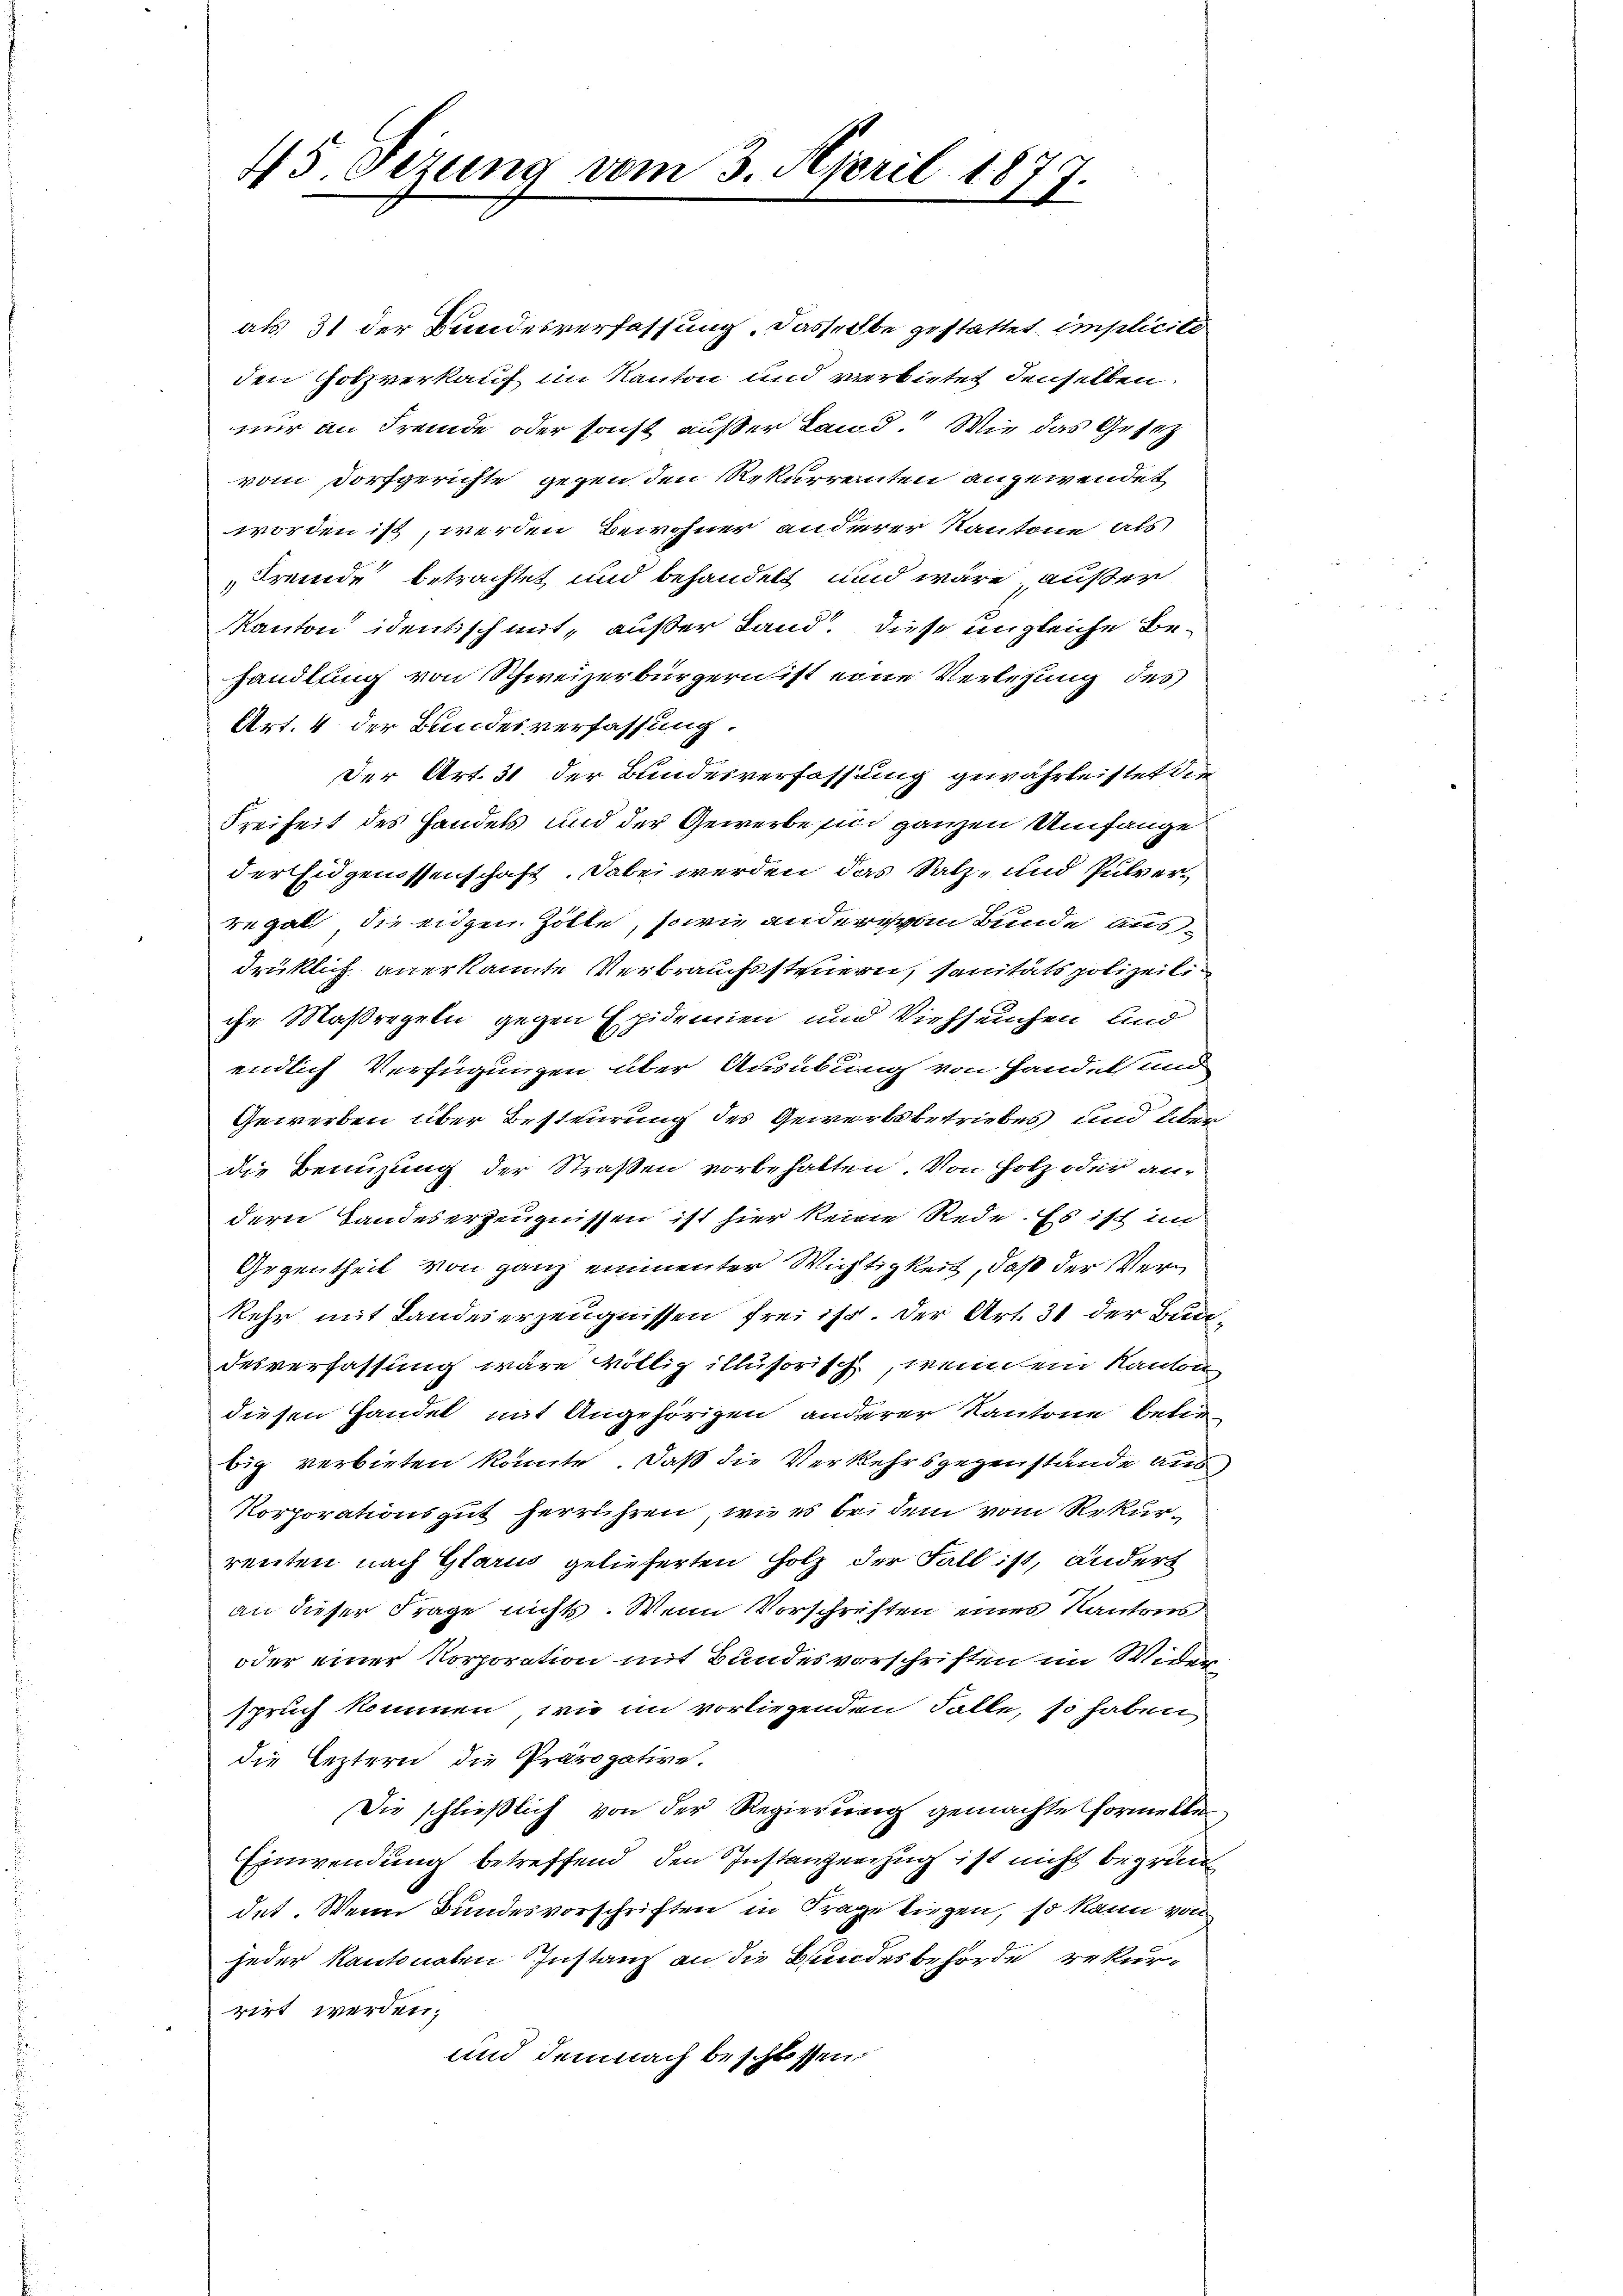
45. Sizung vom 3. April 187
.
.

als 31 der Bundesverfassung. Dasselbe gestattet implicite
den Holzverkauf im Kanton und verbietet denselben
nur an Fremde oder sonst außer Land. Wie das Gesetz
vom Dorfgerichte gegen den Rekurrenten angewendet
worden ist, werden Bewohner anderer Kantone als
Fremde betrachtet und behandelt und wäre außer
Kanton identisch mit „außer Land. Diese ungleiche Behandlung von Schweizerbürgern ist eine Verlesung des
Art. 4 der Bundesverfassung.
Der Art. 31 der Bundesverfassung gewährleistet die
Freiheit des Handels und der Gewerbe sind ganzen Umfange
der Eidgenossenschaft. Dabei werden das Salz- und Pulverregal die eidgen. Zolle, sowie ander von Bunde ausdrüklich anerkannte Verbrauchssteuern, sanitätspolizeiliihr Maßregeln gegen Epidemien und Viehseuchen und
endlich Verfügungen über Ausübung von Handeland
Gewerben über Besteurung des Gewerbsbetriebes und überdie Benuzung der Straßen vorbehalten. Von Holz oder an-
dern Landeserzeugnissen ist hier keine Rede. Es ist im
Gegentheil von ganz eimenter Wichtigkeit, daß der Verkehr mit Landeserzeugnissen frei ist. Der Art. 31 der Bundesverfassung wäre völlig illusorisch, wenn ein Kanton
diesen Handel mit Angehörigen anderer Kantone betrbig verbieten könnte. Daß die Verkehrsgegenstände aus
Korporationsgut herrühren, wie es bei dem vom Rekurrenten nach Glarus gelieferten Holz der Fall ist, ändert
an dieser Frage nichts. Wenn Vorschriften eines Kantons
oder einer Korporation mit Bundesvorschriften im Wider
spruch kommen, wie im vorliegenden Falle, so haben
die leztern die Prävogative.
Die schließlich von der Regierung gemachte Formelle
Einwendung betreffend den Instanzenzug ist nicht begrün
det. Wenn Bundesvorschriften in Frage liegen, so kann von
jeder Kantonalen Instanz an die Bundesbehörde rekurrirt werden;
und demnach beschlossen: